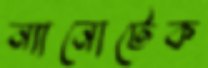
ন্যানোটেক